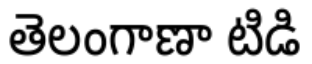
తెలంగాణా టిడి